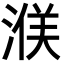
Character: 𪶤